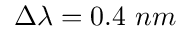
\Delta \lambda = 0 . 4 ~ n m